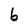
Character: 6